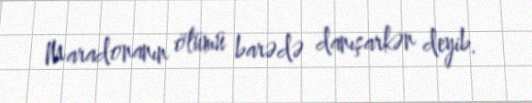
Maradonanın ölümü barədə danışarkən deyib.